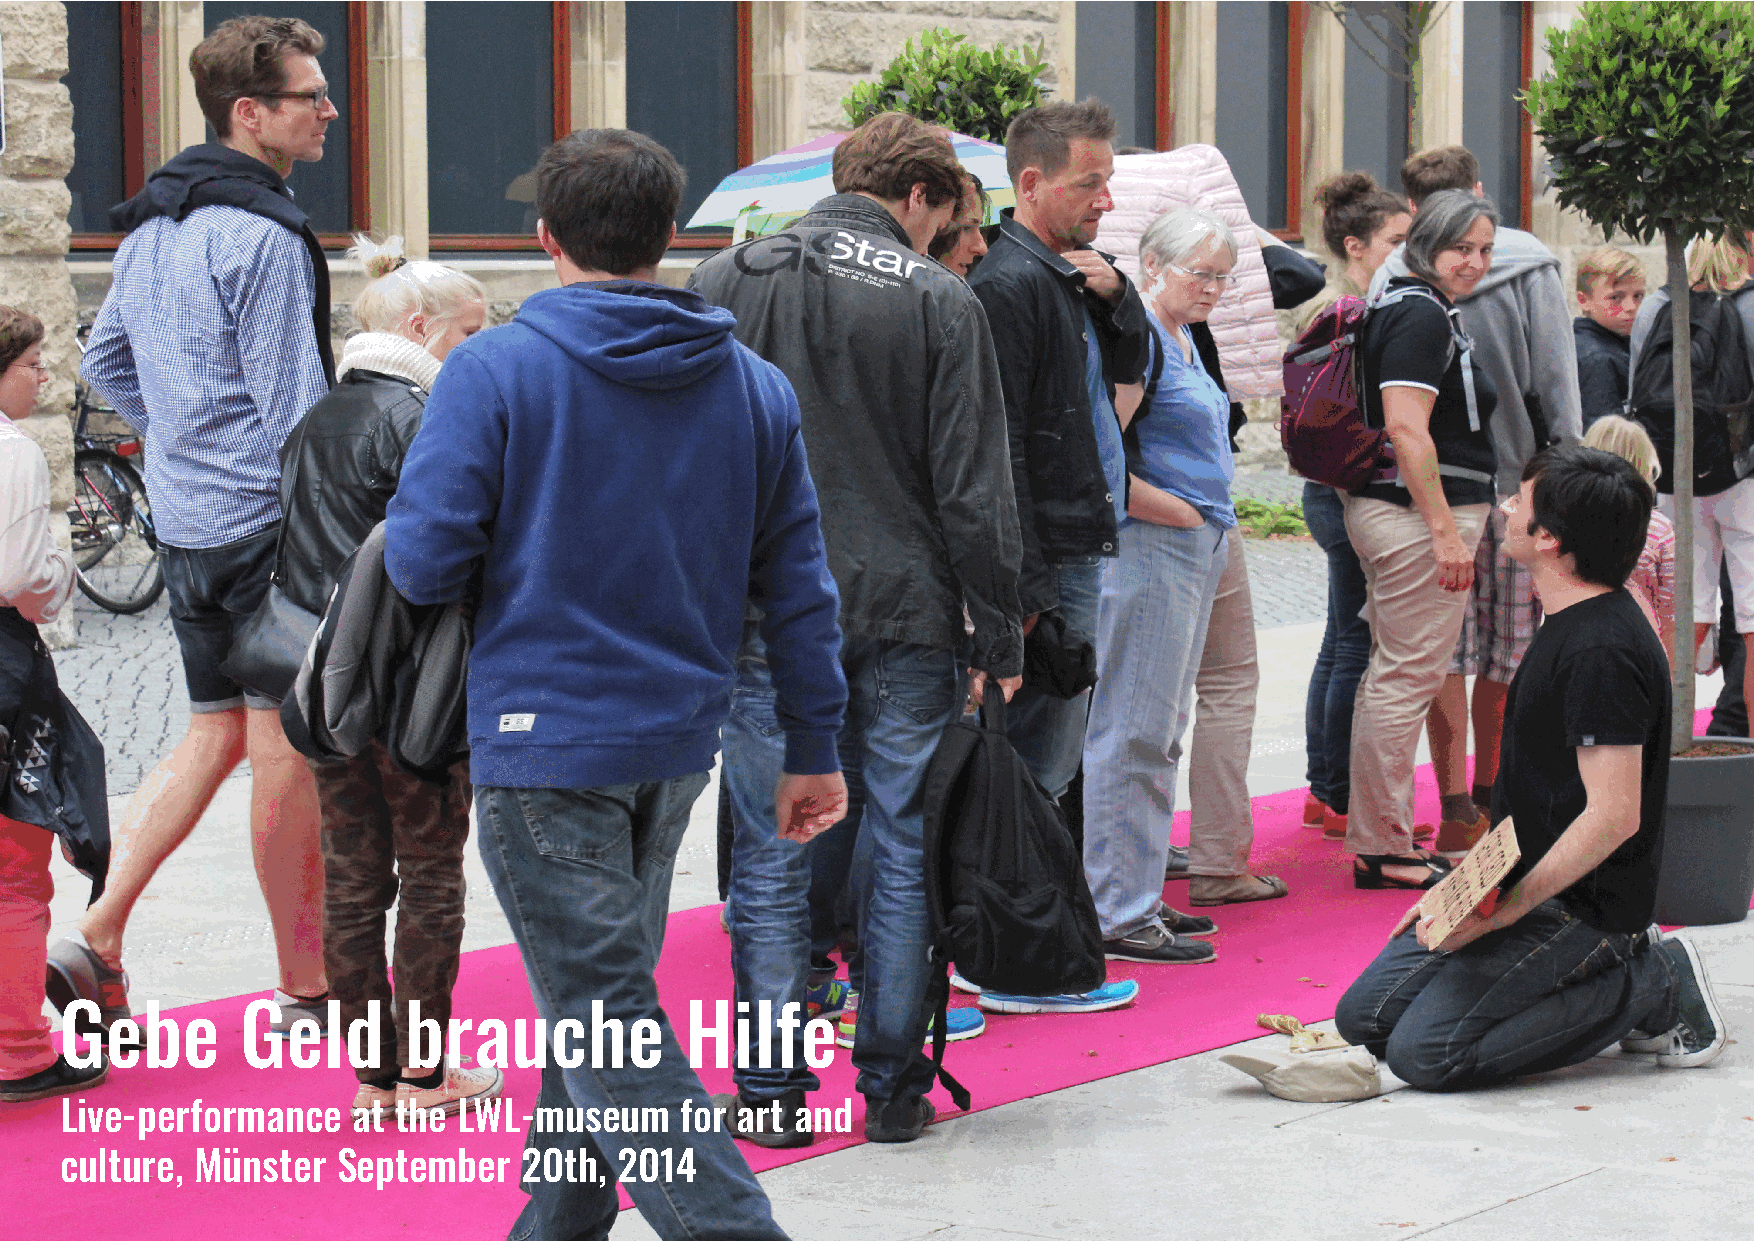
Gebe        Geld       brauche           Hilfe
 Live-performance   at the LWL-museum     for art and
 culture, Münster  September    20th, 2014